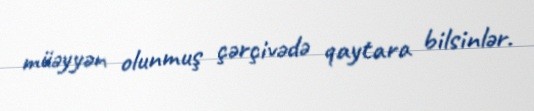
müəyyən olunmuş çərçivədə qaytara bilsinlər.